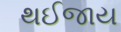
થઈજાય